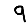
Digit: 9